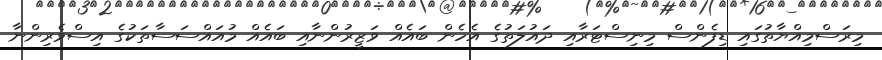
މިރަސްމިއްޔާތުގައި ޑިފެންސް މިނިސްޓަރާއި ދައުލަތުގެ އެހެން ބައެއް ވަޒީރުންނާއި ބައެއް މުއައްސަސާތަކުގެ އިސްވެރިންނާ